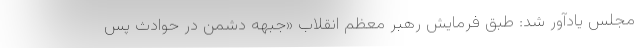
مجلس یادآور شد: طبق فرمایش رهبر معظم انقلاب «جبهه دشمن در حوادث پس